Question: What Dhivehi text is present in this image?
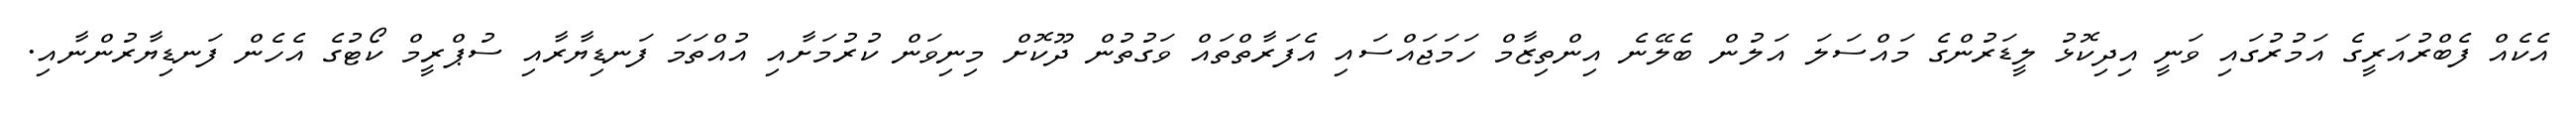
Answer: އެކެއް ފެބްރުއަރީގެ އަމުރުގައި ވަނީ އިދިކޮޅު ލީޑަރުންގެ މައްސަލަ އަލުން ބެލޭނެ އިންތިޒާމް ހަމަޖައްސައި އެފަރާތްތައް ވަގުތުން ދޫކޮށް މިނިވަން ކުރުމަށާއި އުއްތަމަ ފަނޑިޔާރާއި ސުޕްރީމް ކޯޓުގެ އެހެން ފަނޑިޔާރުންނާއި.